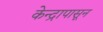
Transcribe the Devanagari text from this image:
केन्द्रापासून